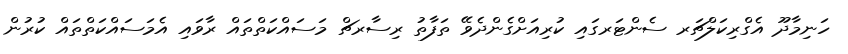
ހަނިމާދޫ އެގްރިކަލްޗަރ ސެންޓަރގައި ކުރިއަށްގެންދެވޭ ތަފާތު ރިސާރޗް މަސައްކަތްތައް ރާވައި އެމަސައްކަތްތައް ކުރުން